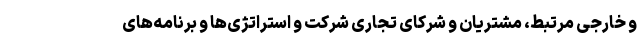
و خارجی مرتبط، مشتریان و شرکای تجاری شرکت و استراتژی‌ها و برنامه‌های